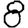
Digit: 8